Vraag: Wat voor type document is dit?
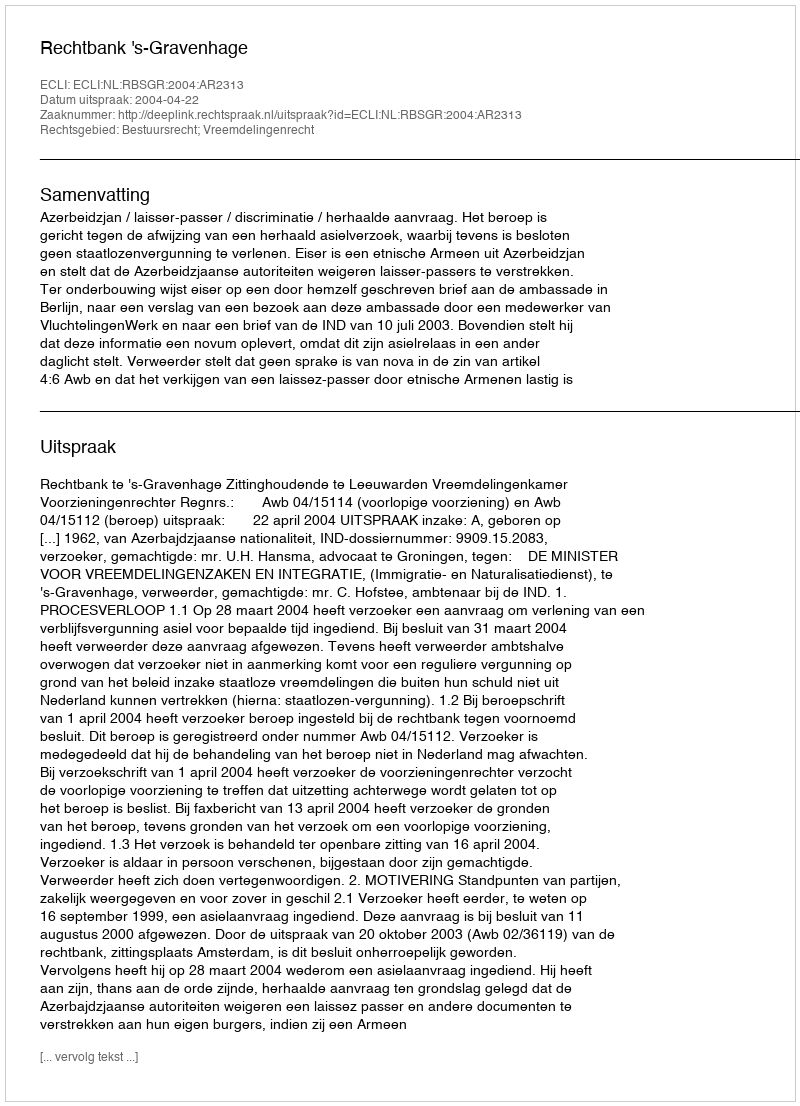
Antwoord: Uitspraak